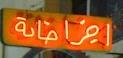
اضيراضاىة